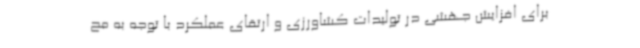
برای افزایش جهشی در تولیدات کشاورزی و ارتقای عملکرد با توجه به مح